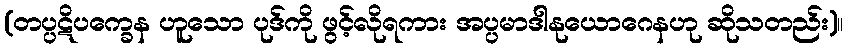
(တပ္ပဋိပက္ခေန ဟူသော ပုဒ်ကို ဖွင့်လိုရကား အပ္ပမာဒါနုယောဂေနဟု ဆိုသတည်း)။